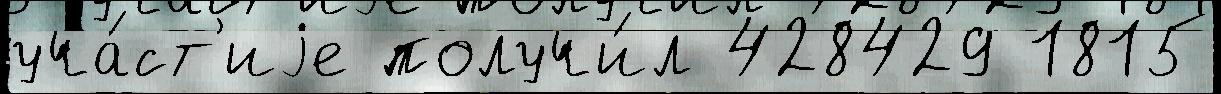
уча́ст'иjе получи́л 428429 1815